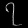
Digit: ၇